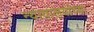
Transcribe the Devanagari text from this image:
न्यायालयांच्या